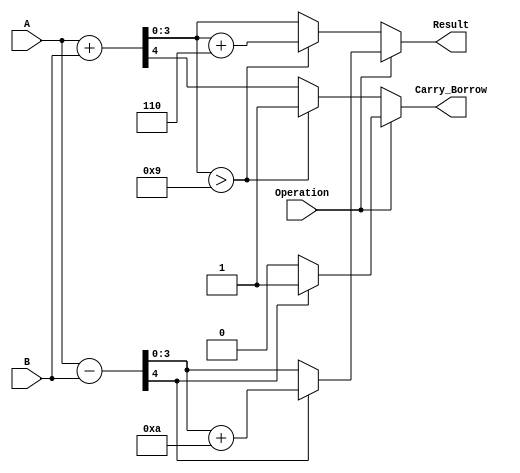
module BCD_Add_Subtracter (
    input [3:0] A,        // First BCD operand
    input [3:0] B,        // Second BCD operand
    input Operation,      // 0 for addition, 1 for subtraction
    output reg [3:0] Result, // Resulting BCD value
    output reg Carry_Borrow // Carry out for addition or borrow out for subtraction
);

    wire [4:0] sum;       // 5-bit sum for addition
    wire [4:0] diff;      // 5-bit difference for subtraction
    wire adjust_add;      // Flag to indicate adjustment needed for addition
    wire adjust_sub;      // Flag to indicate adjustment needed for subtraction
    
    // Perform addition or subtraction depending on the Operation input
    assign sum = A + B;   // Calculate A + B
    assign diff = A - B;  // Calculate A - B

    // Determine whether adjustment is needed for addition
    assign adjust_add = sum[3:0] > 4'b1001; // If result is greater than 9

    // Determine whether adjustment is needed for subtraction
    assign adjust_sub = diff[4]; // If the result is negative (borrow needed)

    always @(*) begin
        if (Operation == 1'b0) begin // Addition
            Result = sum[3:0]; // Take the lower 4 bits of the sum
            Carry_Borrow = sum[4]; // Set carry out flag
            if (adjust_add) begin
                Result = Result + 4'b0110; // Adjust for BCD overflow (add 6)
                Carry_Borrow = 1'b1; // Carry out is valid
            end
        end else begin // Subtraction
            Result = diff[3:0]; // Take the lower 4 bits of the difference
            Carry_Borrow = 1'b0; // Default borrow out is 0
            if (adjust_sub) begin
                Result = Result + 4'b1010; // Adjust for borrow (add 10)
                Carry_Borrow = 1'b1; // Set borrow out flag
            end
        end
    end

endmodule